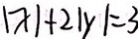
\vert x \vert + 2 \vert y \vert = 3